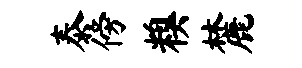
泰傍糗麓